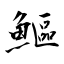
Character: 鰸